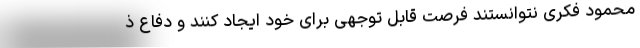
محمود فکری نتوانستند فرصت قابل توجهی برای خود ایجاد کنند و دفاع ذ